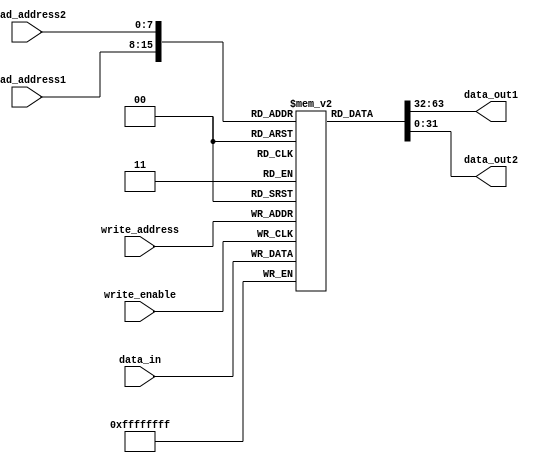
module Circular_Register_File(
  input wire [7:0] read_address1,
  input wire [7:0] read_address2,
  input wire [7:0] write_address,
  input wire write_enable,
  input wire [31:0] data_in,
  output reg [31:0] data_out1,
  output reg [31:0] data_out2
);

reg [31:0] memory [0:255]; // 256 memory blocks

always @ (posedge write_enable)
begin
  memory[write_address] <= data_in;
end

always @ (*)
begin
  data_out1 <= memory[read_address1];
  data_out2 <= memory[read_address2];
end

endmodule